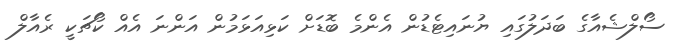
ސޯލްޝެއާގެ ބަދަލުގައި ޔުނައިޓެޑުން އެންމެ ބޮޑަށް ކަޅިއަޅަމުން އަންނަ އެއް ކޯޗަކީ ރެއާލް